Indian journal of veterinary science and animal husbandry - Volume 3,
Year: 1933
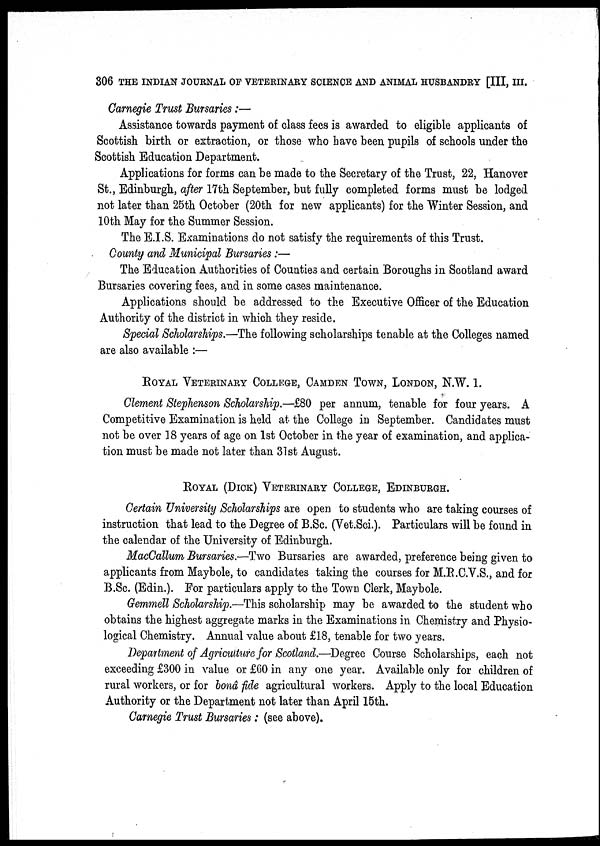
306 THE INDIAN JOURNAL OF VETERINARY SCIENCE AND ANIMAL HUSBANDRY [III, III.
Carnegie Trust Bursaries :-—
Assistance towards payment of class fees is awarded to eligible applicants of
Scottish birth or extraction, or those who have been pupils of schools under the
Scottish Education Department.
Applications for forms can be made to the Secretary of the Trust, 22, Hanover
St., Edinburgh, after 17th September, but fully completed forms must be lodged
not later than 25th October (20th for new applicants) for the Winter Session, and
10th May for the Summer Session.
The E.I.S. Examinations do not satisfy the requirements of this Trust.
County and Municipal Bursaries :—
The Education Authorities of Counties and certain Boroughs in Scotland award
Bursaries covering fees, and in some cases maintenance.
Applications should be addressed to the Executive Officer of the Education
Authority of the district in which they reside.
Special Scholarships.—The following scholarships tenable at the Colleges named
are also available :—
ROYAL VETERINARY COLLEGE, CAMDEN TOWN, LONDON, N.W. 1.
Clement Stephenson Scholarship.—£80 per annum, tenable for four years. A
Competitive Examination is held at the College in September. Candidates must
not be over 18 years of age on 1st October in the year of examination, and applica-
tion must be made not later than 31st August.
ROYAL (DICK) VETERINARY COLLEGE, EDINBURGH.
Certain University Scholarships are open to students who are taking courses of
instruction that lead to the Degree of B.Sc. (Vet.Sci.). Particulars will be found in
the calendar of the University of Edinburgh.
MacCallum Bursaries.—Two Bursaries are awarded, preference being given to
applicants from Maybole, to candidates taking the courses for M.R.C.V.S., and for
B.Sc. (Edin.). For particulars apply to the Town Clerk, Maybole.
Gemmell Scholarship.—This scholarship may be awarded to the student who
obtains the highest aggregate marks in the Examinations in Chemistry and Physio-
logical Chemistry. Annual value about £18, tenable for two years.
Department of Agriculture for Scotland.—Degree Course Scholarships, each not
exceeding £300 in value or £60 in any one year. Available only for children of
rural workers, or for bonâ -fide agricultural workers. Apply to the local Education
Authority or the Department not later than April 15th.
Carnegie Trust Bursaries: (see above).